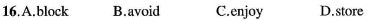
16.A.Block B.Avoid C.Enjoy D.Store